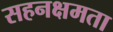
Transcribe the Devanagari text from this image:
सहनक्षमता